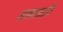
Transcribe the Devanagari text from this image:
आकाशादि